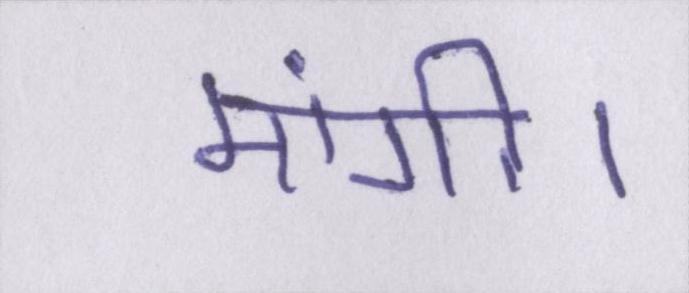
मांगी।